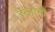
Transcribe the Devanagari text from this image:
रत्नांनी